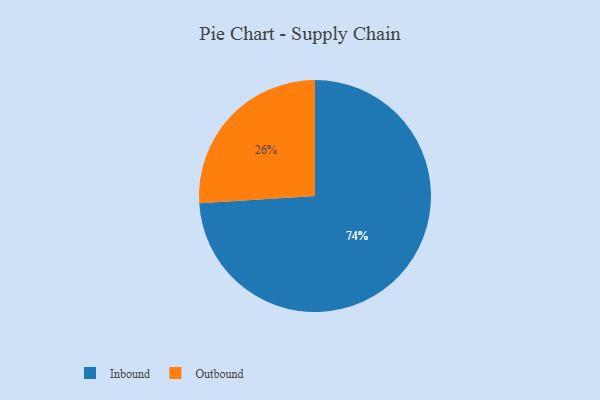
{"axis": {"x": "Category", "y": "Percentage"}, "legend": ["Inbound", "Outbound"], "data": [{"x": "Outbound", "y": 26, "type": "Outbound"}, {"x": "Inbound", "y": 74, "type": "Inbound"}]}